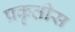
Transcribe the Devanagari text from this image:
प्रकृतीस